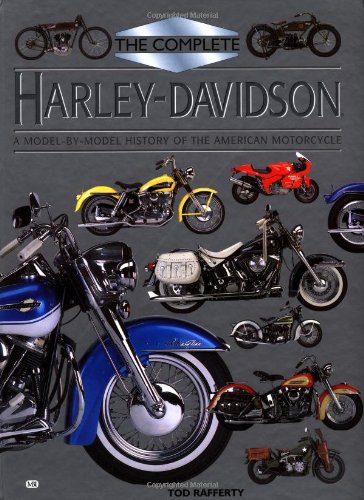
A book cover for The Complete Harley Davidson: A Model-by-Model History of the American Motorcycle; Tod Rafferty; Arts & Photography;